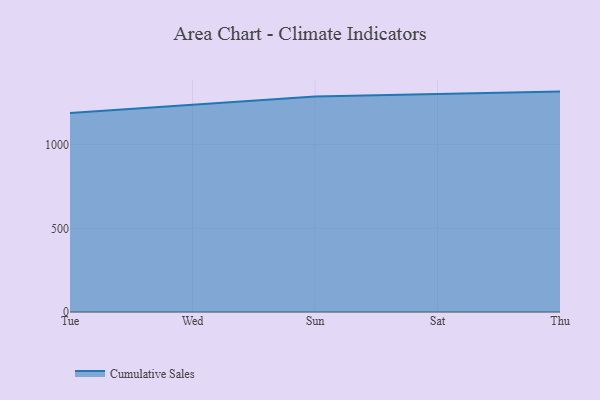
{"axis": {"x": "Day", "y": "LTV (USD)"}, "legend": ["Cumulative Sales"], "data": [{"x": "Tue", "y": 1189.0, "type": "Cumulative Sales"}, {"x": "Wed", "y": 1238.0, "type": "Cumulative Sales"}, {"x": "Sun", "y": 1287.0, "type": "Cumulative Sales"}, {"x": "Sat", "y": 1302.7, "type": "Cumulative Sales"}, {"x": "Thu", "y": 1316.8, "type": "Cumulative Sales"}]}